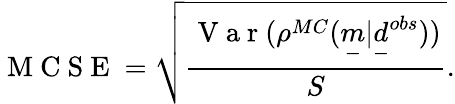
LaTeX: \mathrm{~M~C~S~E~}=\sqrt{\frac{\mathrm{~V~a~r~}(\rho^{MC}(\underset{-}{m}|\underset{-}{d}^{obs}))}{S}}.